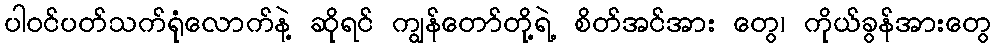
ပါဝင်ပတ်သက်ရုံလောက်နဲ့ ဆိုရင် ကျွန်တော်တို့ရဲ့ စိတ်အင်အား တွေ၊ ကိုယ်ခွန်အားတွေ